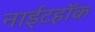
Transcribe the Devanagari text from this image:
नाईटहॉक